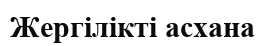
Жергілікті асхана